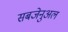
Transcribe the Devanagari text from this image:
सबजेनुअल